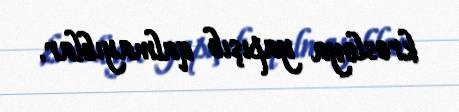
kresloya yapışıb qalmayıblar.